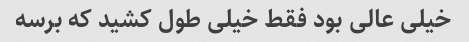
خیلی عالی بود فقط خیلی طول کشید که برسه